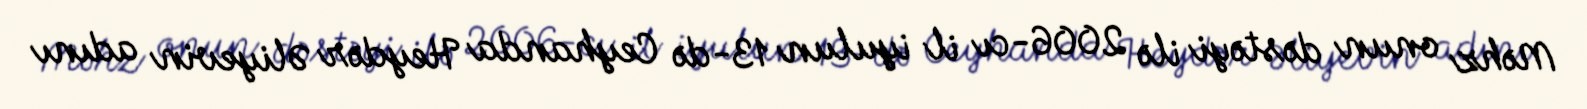
Məhz onun dəstəyi ilə 2006-cı il iyulun 13-də Ceyhanda Heydər Əliyevin adını